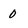
Character: 0